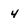
Character: 4